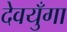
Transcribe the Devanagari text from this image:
देवयुँगा